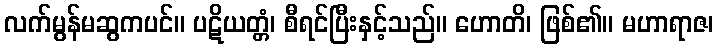
လက်မွန်မဆွကပင်။ ပဋိယတ္တံ၊ စီရင်ပြီးနှင့်သည်။ ဟောတိ၊ ဖြစ်၏။ မဟာရာဇ၊